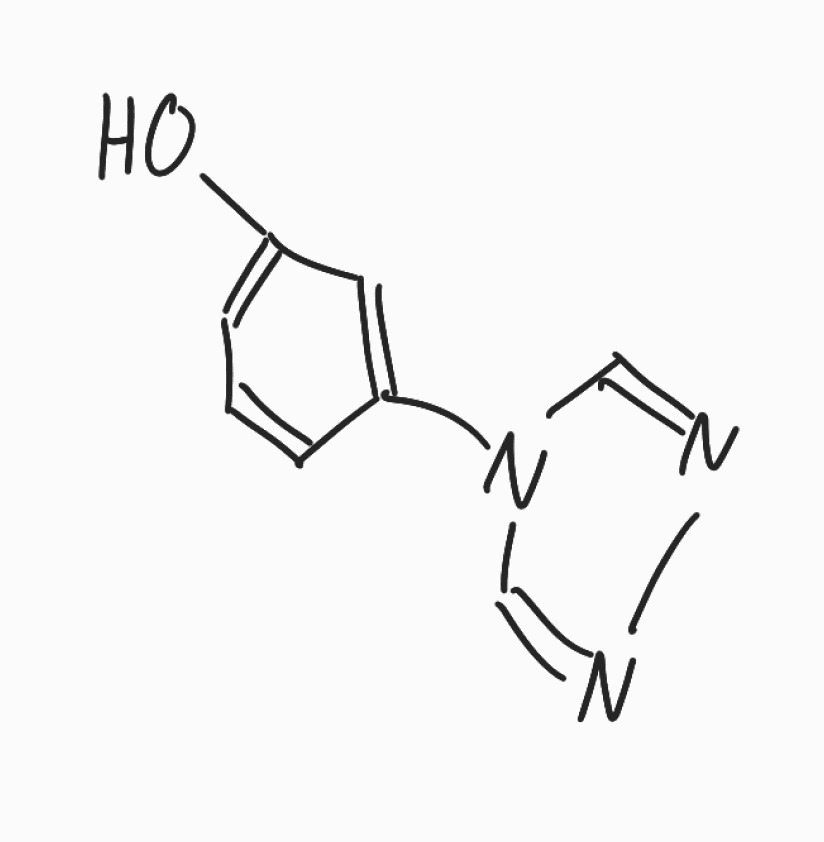
Simplified molecular-input line-entry system (SMILES) notation of the given molecule:
C1=CC(=CC(=C1)O)N2C=NN=C2